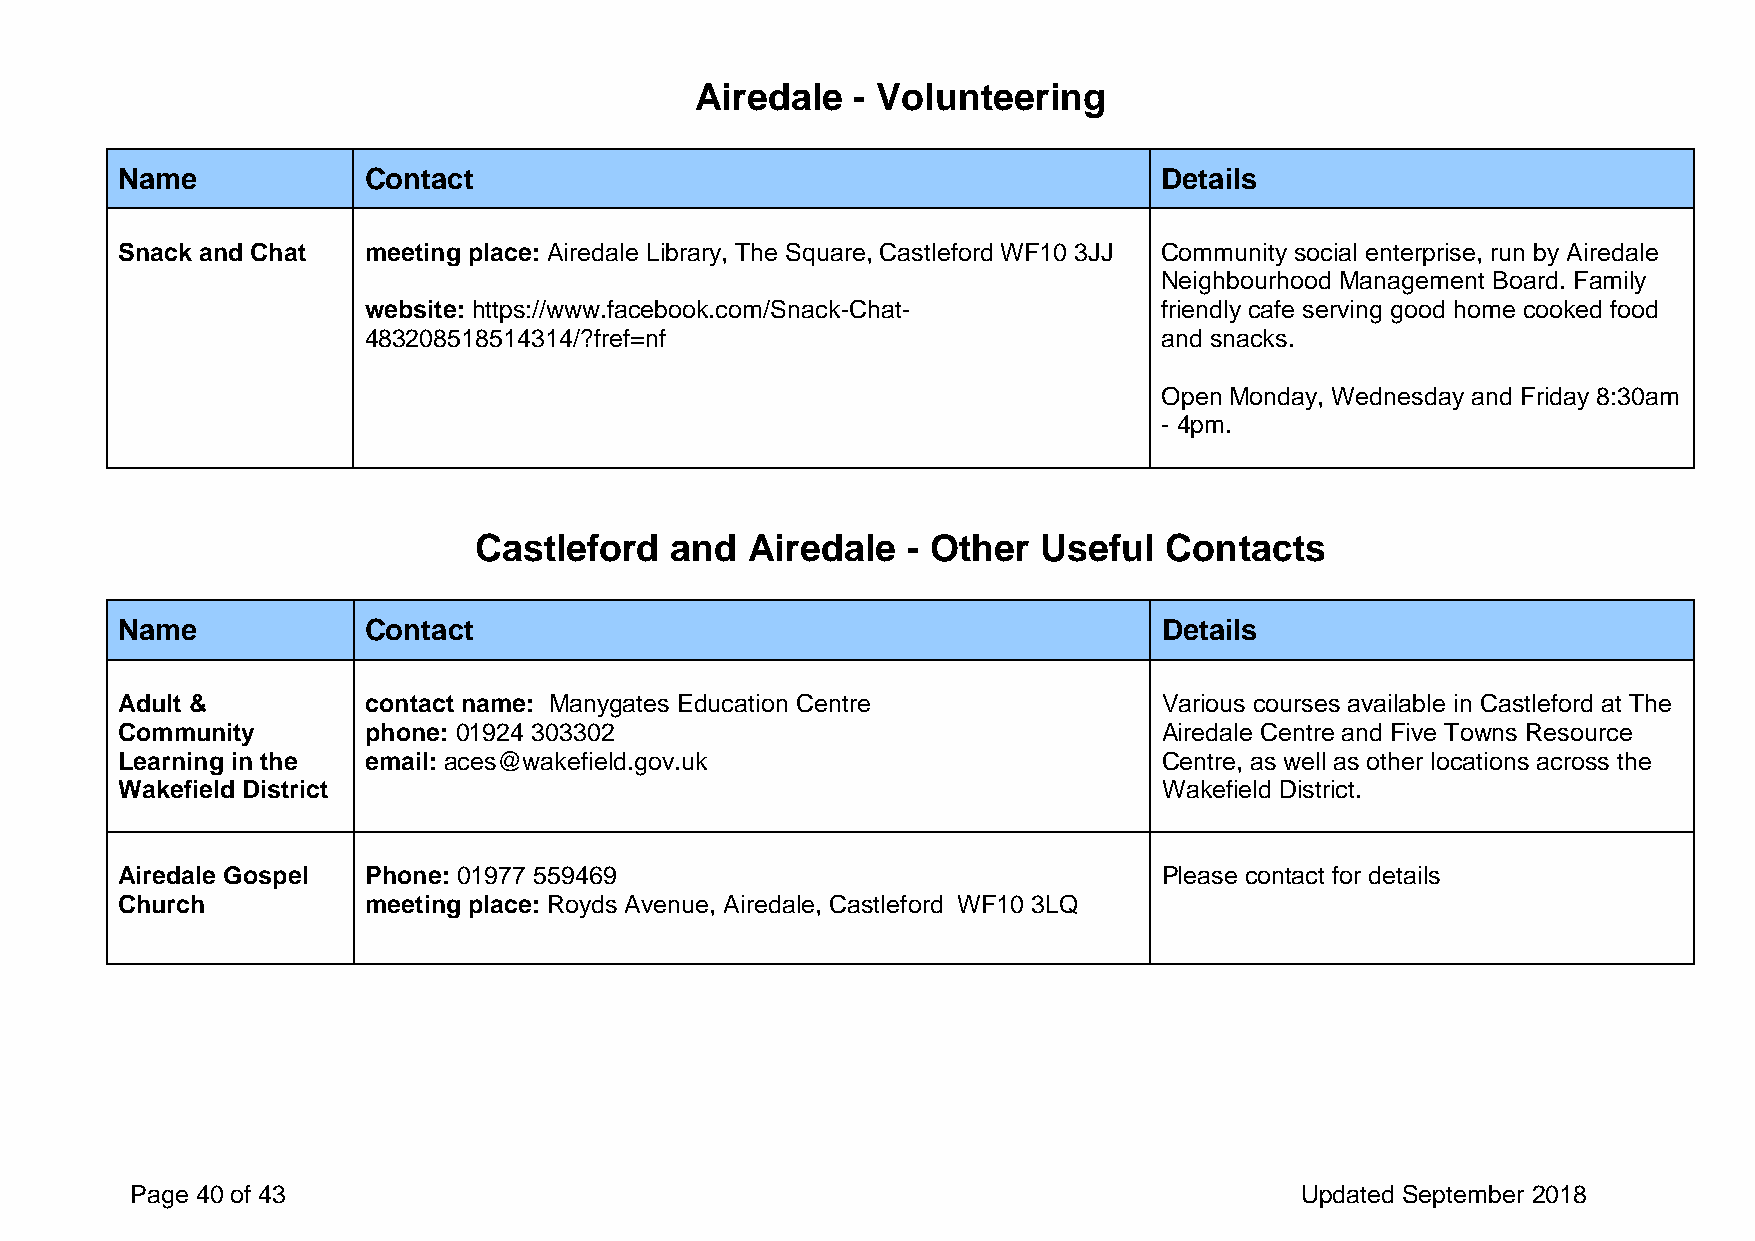
Airedale  - Volunteering
 Name            Contact                                              Details
 Snack and Chat  meeting place: Airedale Library, The Square, Castleford WF10 3JJ Community social enterprise, run by Airedale
 Neighbourhood Management Board. Family
 website: https://www.facebook.com/Snack-Chat-        friendly cafe serving good home cooked food
 483208518514314/?fref=nf                             and snacks.
 Open Monday, Wednesday and Friday 8:30am
 - 4pm.
 Castleford   and   Airedale  - Other  Useful  Contacts
 Name            Contact                                              Details
 Adult &         contact name: Manygates Education Centre             Various courses available in Castleford at The
 Community       phone: 01924 303302                                  Airedale Centre and Five Towns Resource
 Learning in the email: aces@wakefield.gov.uk                         Centre, as well as other locations across the
 Wakefield District                                                   Wakefield District.
 Airedale Gospel Phone: 01977 559469                                  Please contact for details
 Church          meeting place: Royds Avenue, Airedale, Castleford WF10 3LQ
 Page 40 of 43                                                                Updated September 2018